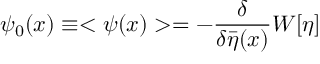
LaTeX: \psi _ { 0 } ( x ) \equiv < \psi ( x ) > = - \frac { \delta } { \delta \bar { \eta } ( x ) } W [ \eta ]